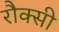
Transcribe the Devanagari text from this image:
रौक्सी